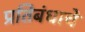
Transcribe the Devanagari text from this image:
प्रतिबंधाचे